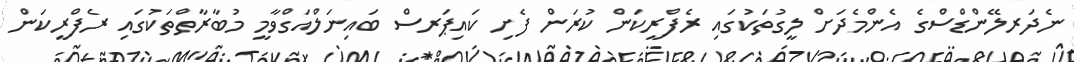
ނެދަރލޭންޑްސްގެ އެންމެދަށް ލީގުތަކުގައި ރެފްރީކަން ކުރަން ފެށި ކައިޕަރސް ބައިނަލްއަގްވާމީ މުބާރާތްތަކުގައި ރެފްރީކަން